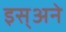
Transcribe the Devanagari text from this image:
इस्अने